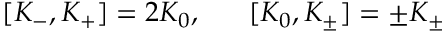
[ K _ { - } , K _ { + } ] = 2 K _ { 0 } , ~ ~ ~ ~ ~ [ K _ { 0 } , K _ { \pm } ] = \pm K _ { \pm }